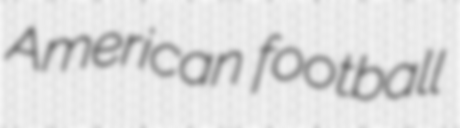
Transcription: American football